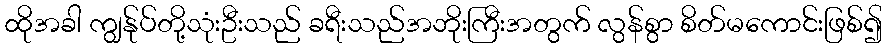
ထိုအခါ ကျွန်ုပ်တို့သုံးဦးသည် ခရီးသည်အဘိုးကြီးအတွက် လွန်စွာ စိတ်မကောင်းဖြစ်၍